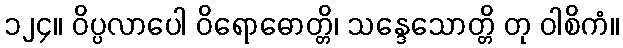
၁၂၄။ ဝိပ္ပလာပေါ ဝိရောဓောတ္တိ၊ သန္ဒေသောတ္တိ တု ဝါစိကံ။